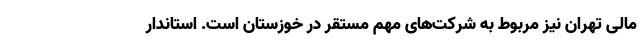
مالی تهران نیز مربوط به شرکت‌های مهم مستقر در خوزستان است. استاندار